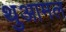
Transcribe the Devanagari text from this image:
थुआमल